Indian journal of veterinary science and animal husbandry - Volumes 28-29, 1958-1959
Year: 1958
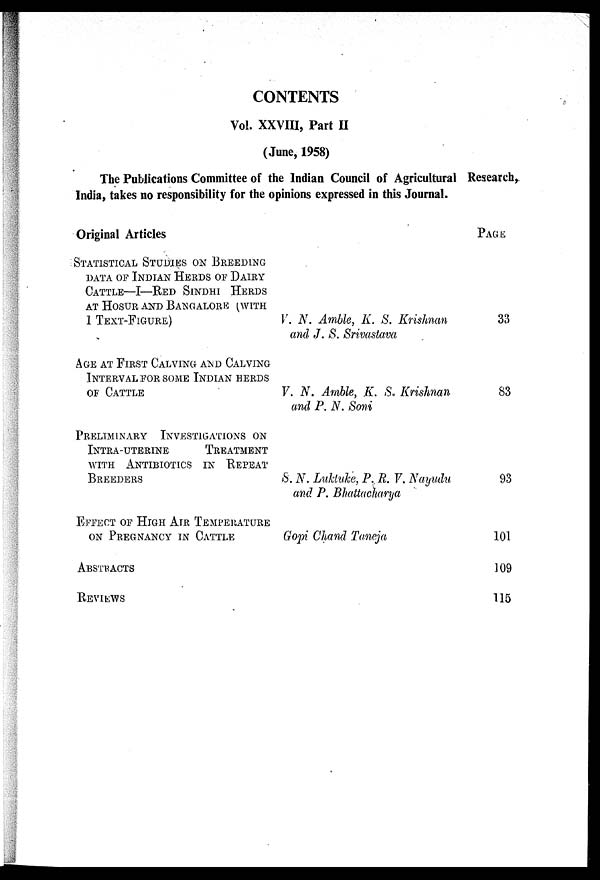
CONTENTS
Vol. XXVIII, Part II
(June, 1958)
The Publications Committee of the Indian Council of Agricultural Research,
India, takes no responsibility for the opinions expressed in this Journal.
Original Articles
STATISTICAL STUDIES ON BREEDING
DATA OF INDIAN HERDS OF DAIRY
CATTLE—I—RED SINDHI HERDS
AT HOSUR AND BANGALORE (WITH
1 TEXT-FIGURE)
AGE AT FIRST CALVING AND CALVING
INTERVAL FOR SOME INDIAN HERDS
OF CATTLE
PRELIMINARY INVESTIGATIONS ON
INTRA-UTERINE
TREATMENT
WITH ANTIBIOTICS IN REPEAT
BREEDERS
EFFECT OF HIGH AIR TEMPERATURE
ON PREGNANCY IN CATTLE
ABSTRACTS
REVIEWS
V. N. Amble, K. S. Krishnan
and J. S. Srivastava
V. N. Amble, K. S. Krishnan
and P. N. Soni
S. N. Luktuke, P. R. V. Nayudu
and P. Bhattacharya
Gopi Chand Taneja
PAGE
33
83
93
101
109
115